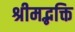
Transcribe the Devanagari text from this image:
श्रीमद्भक्ति